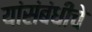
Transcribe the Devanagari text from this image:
यांसंबंधीचे